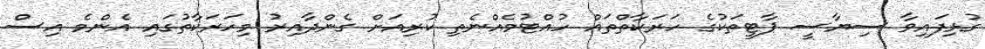
ގުޅިފައިވާ ސިޔާސީ ޕާޓީތަކުގެ ހަރަކާތްތައް ހުއްޓުމެއްނެތި ކުރިއަށް ގެންދާއިރު މިހަރަކާތުގައި އެންމެ އިސް